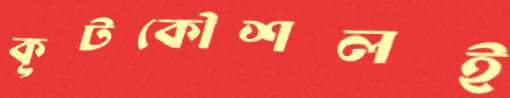
কূটকৌশলই